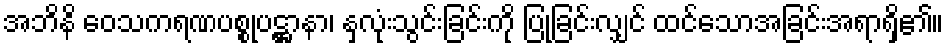
အဘိနိ ဝေသကရဏပစ္စုပဋ္ဌာနာ၊ နှလုံးသွင်းခြင်းကို ပြုခြင်းလျှင် ထင်သောအခြင်းအရာရှိ၏။